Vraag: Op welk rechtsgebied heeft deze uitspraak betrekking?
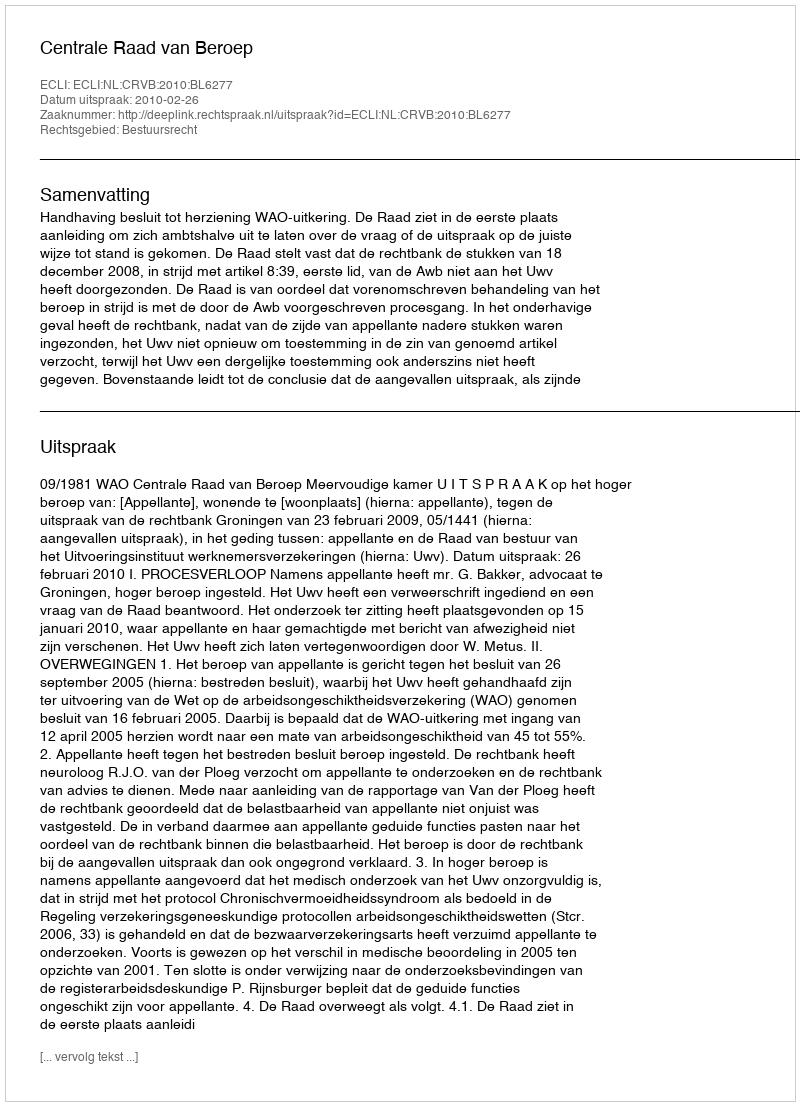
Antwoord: Bestuursrecht